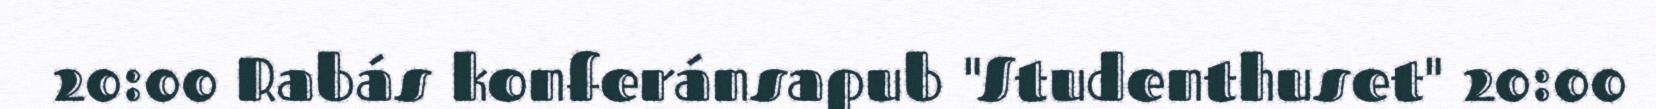
20:00 Rabás konferánsapub "Studenthuset" 20:00